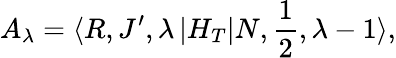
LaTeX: A_{\lambda}=\langle R,J^{\prime},\lambda\left|H_{T}\right|N,\frac{1}{2},\lambda-1\rangle,